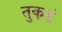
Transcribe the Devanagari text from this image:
तुकडं